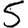
Digit: 5